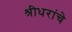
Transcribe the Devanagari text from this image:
श्रीधरांचे